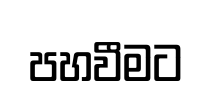
පහවීමට